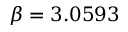
\beta = 3 . 0 5 9 3